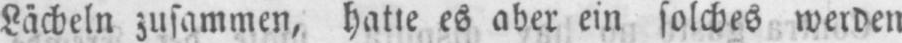
Lächeln zusammen, hatte es aber ein solches werden